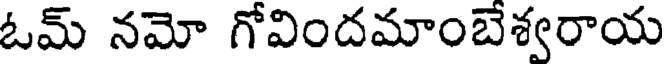
ఓమ్ నమో గోవిందమాంబేశ్వరాయ